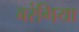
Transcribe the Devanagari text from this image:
बरंगिया